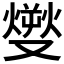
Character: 𤎬